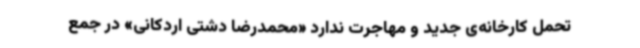
تحمل کارخانه‌ی جدید و مهاجرت ندارد «محمدرضا دشتی اردکانی» در جمع